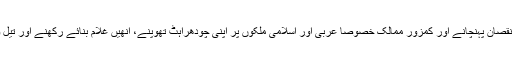
امریکہ اور مغرب اِن دونوں کے ذریعے اسلامی کاز کو نقصان پہنچانے اور کمزور ممالک خصوصاً عربی اور اسلامی ملکوں پر اپنی چودھراہٹ تھوپنے، انھیں غلام بنائے رکھنے اور تیل والے خلیجی ملکوں کی دولتوں کو چوسنے کا کام لیتا ہے۔